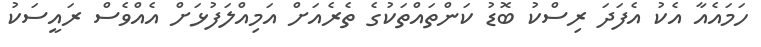
ހަމައެއާ އެކު އެފަދަ ރިސްކު ބޮޑު ކަންތައްތަކުގެ ތެރެއަށް އަމިއްލަފުޅަށް އެއްވެސް ރައީސަކު